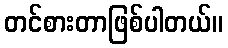
တင်စားတာဖြစ်ပါတယ်။